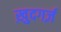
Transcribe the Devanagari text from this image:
ख़ुदगर्ज़